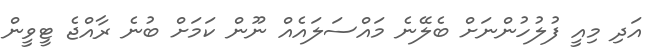
އަދި މިއީ ފުލުހުންނަށް ބެލޭނެ މައްސަލައެއް ނޫން ކަމަށް ބުނެ ރާއްޖެ ޓީވީން